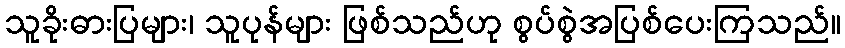
သူခိုးဓားပြများ၊ သူပုန်များ ဖြစ်သည်ဟု စွပ်စွဲအပြစ်ပေးကြသည်။